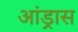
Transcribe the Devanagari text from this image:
आंड्रास